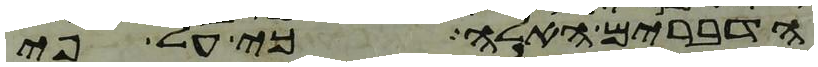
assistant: הדברים האלה כי על פי